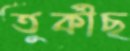
তুর্কীছ